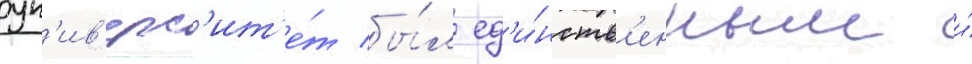
ун'ив'ерс'ит'е́т бы́л ед'и́нств'енным и́